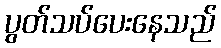
ပွတ်သပ်ပေးနေသည်